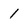
Character: 1